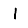
Digit: 1